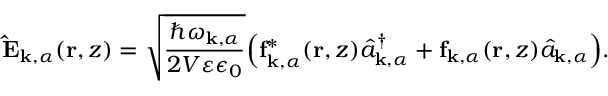
\mathbf { \hat { E } } _ { \mathbf { k } , \alpha } ( \mathbf { r } , z ) = \sqrt { \frac { \hbar \omega _ { \mathbf { k } , \alpha } } { 2 V \varepsilon \epsilon _ { 0 } } } \Big ( \mathbf { f } _ { \mathbf { k } , \alpha } ^ { * } ( \mathbf { r } , z ) \hat { a } _ { \mathbf { k } , \alpha } ^ { \dagger } + \mathbf { f } _ { \mathbf { k } , \alpha } ( \mathbf { r } , z ) \hat { a } _ { \mathbf { k } , \alpha } \Big ) .